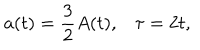
LaTeX: a ( t ) = \frac { 3 } { 2 } A ( t ) , \tau = 2 t ,